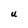
Character: U